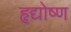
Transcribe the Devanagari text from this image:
हृद्योष्ण